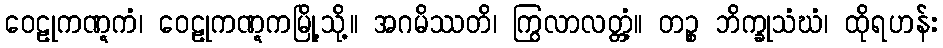
ဝေဠုကဏ္ဋကံ၊ ဝေဠုကဏ္ဋကမြို့သို့။ အဂမိဿတိ၊ ကြွလာလတ္တံ့။ တဉ္စ ဘိက္ခုသံဃံ၊ ထိုရဟန်း